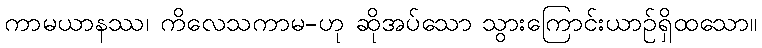
ကာမယာနဿ၊ ကိလေသကာမ-ဟု ဆိုအပ်သော သွားကြောင်းယာဉ်ရှိထသော။